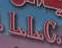
l.l.c.